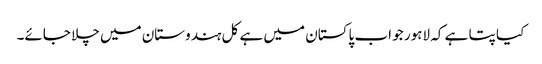
کیا پتا ہے کہ لاہور جو اب پاکستان میں ہے کل ہندوستان میں چلا جائے۔